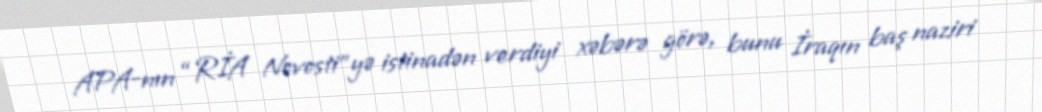
APA-nın “RİA Novosti”yə istinadən verdiyi xəbərə görə, bunu İraqın baş naziri